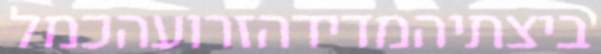
ביצתיהמדידהזרועהכמל